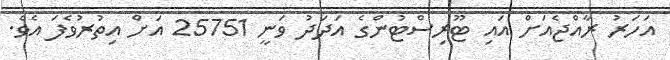
އަހަރު ރާއްޖެއަށް އައި ޓޫރިސްޓުންގެ އަދަދު ވަނީ 25751 އަށް އިތުރުވެފަ އެވެ.